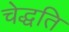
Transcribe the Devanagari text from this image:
चेद्धति